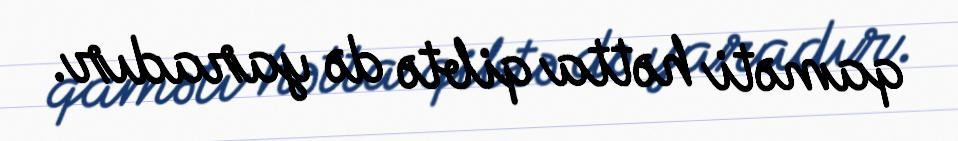
qaməti hətta qibtə də yaradır.